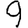
Digit: 9